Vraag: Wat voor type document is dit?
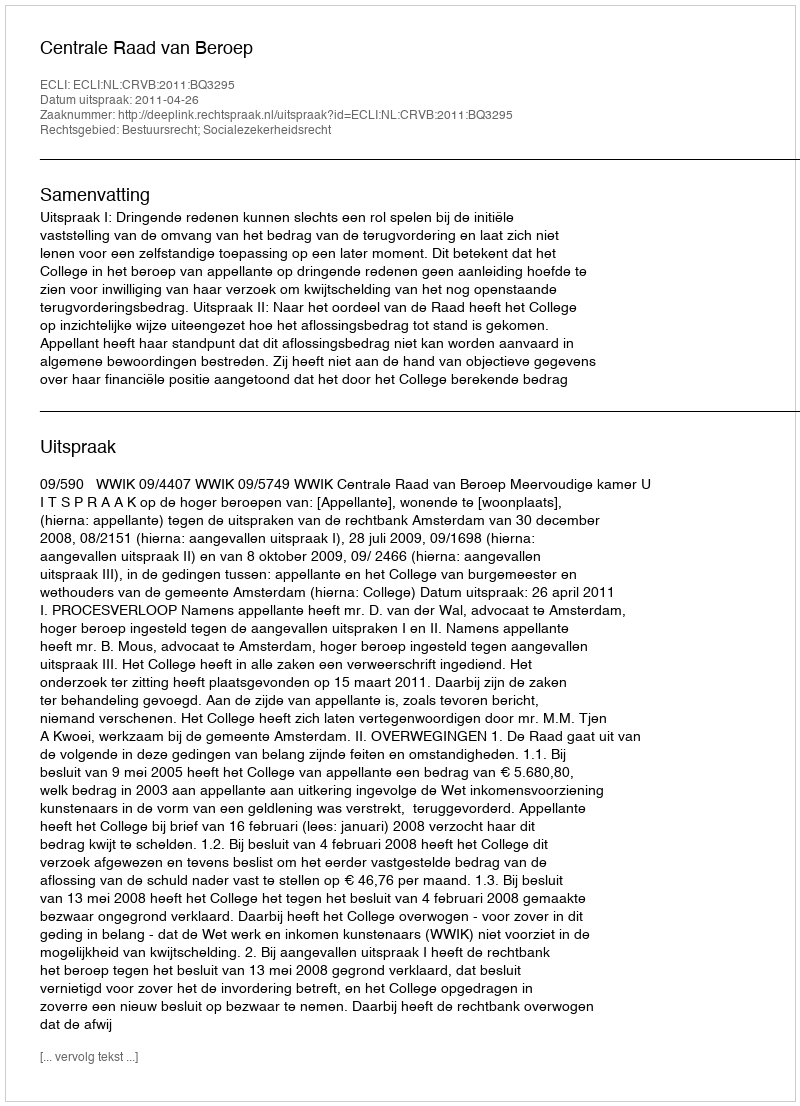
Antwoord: Uitspraak